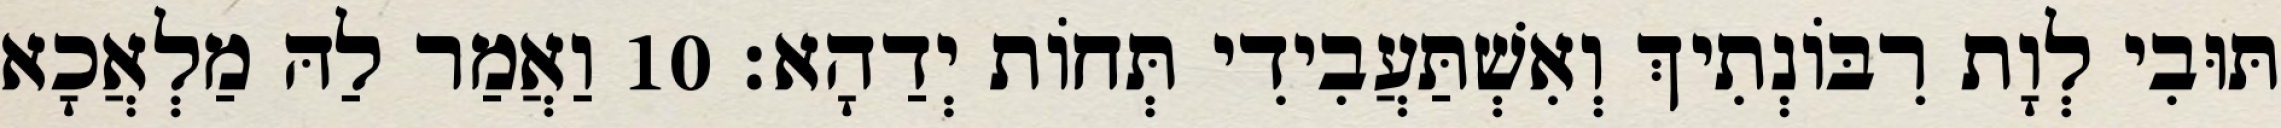
תּוּבִי לְוָת רִבּוֹנְתִיךְ וְאִשְׁתַּעֲבִידִי תְּחוֹת יְדַהָא׃ 10 וַאֲמַר לַהּ מַלְאֲכָא